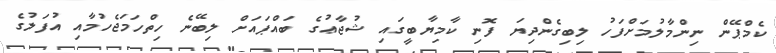
ކެމްޕޭން ނިންމާލުމަށްފަހު ލިބިގެންދިޔަ ފޮނި ކާމިޔާބީގައި ޝުޖާޢުގެ ބައްޕައަށް ލިބޭނެ ހިތްހަމަޖެހުމާއި އުފަލުގެ